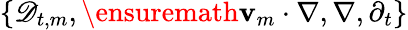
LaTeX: \{ \mathscr{D}_{t,m},\ensuremath{\mathbf{v}}_{m}\cdot\nabla,\nabla,\partial_{t}\}